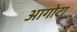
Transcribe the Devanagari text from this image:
आगोटा